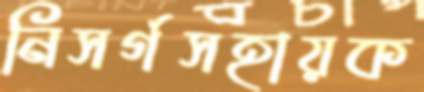
নিসর্গসহায়ক